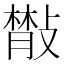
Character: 𢿨